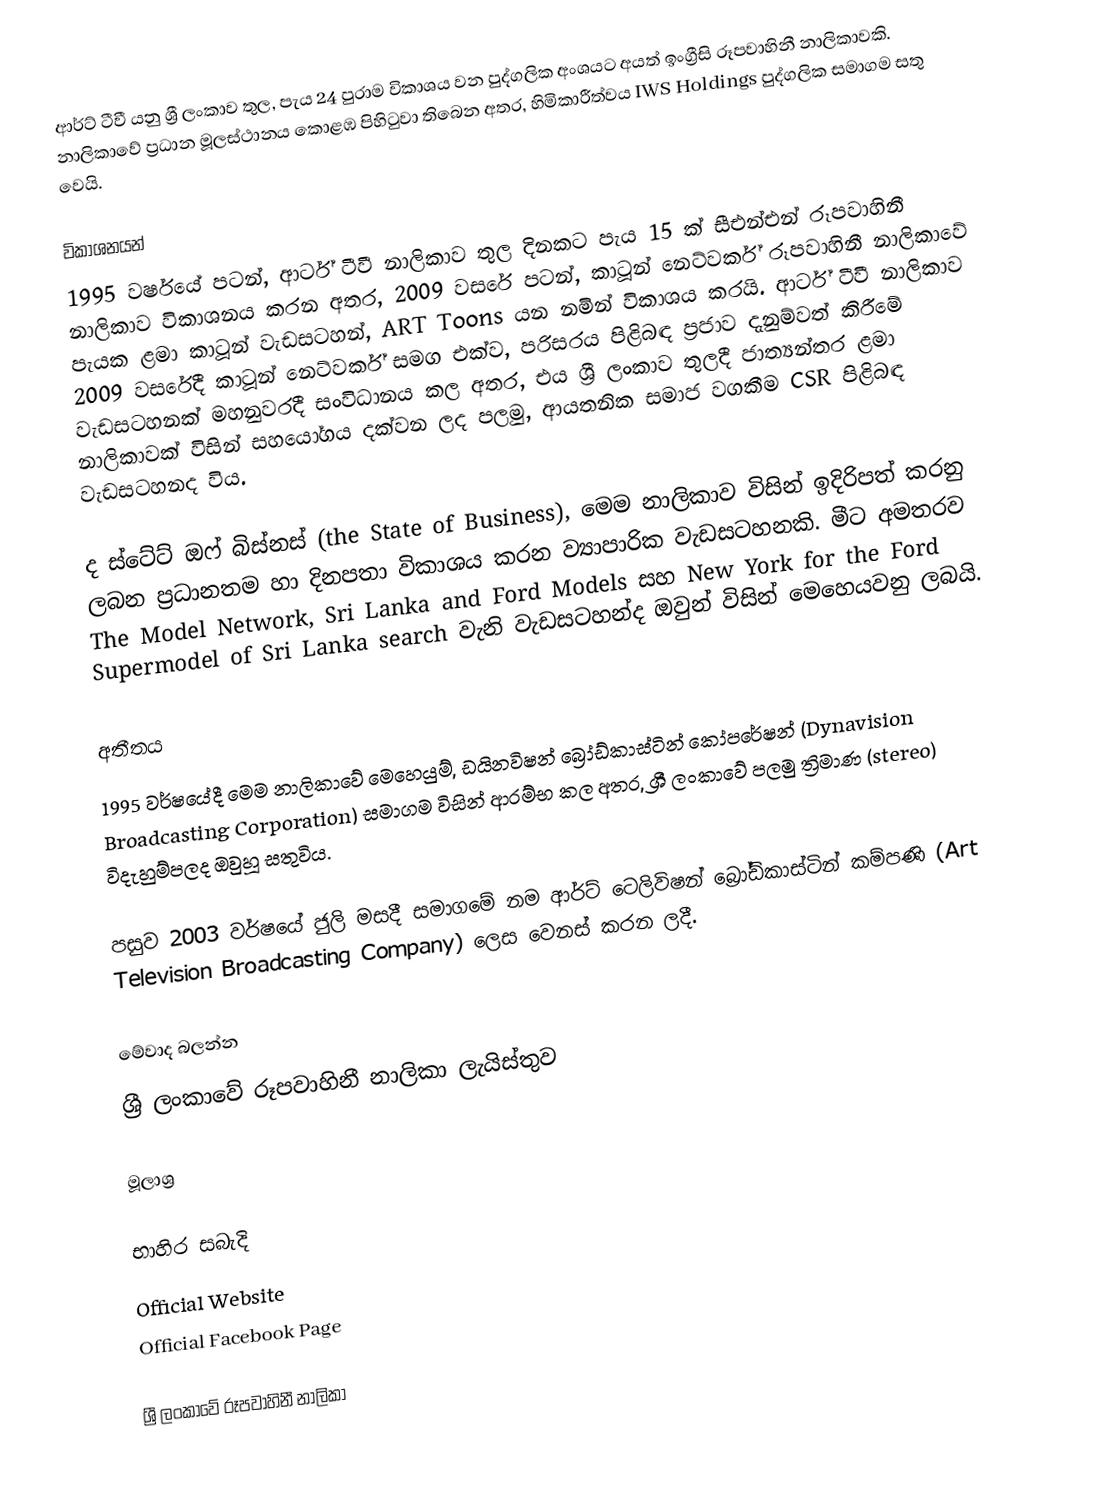
ආර්ට් ටීවී යනු ශ්‍රී ලංකාව තුල, පැය 24 පුරාම විකාශය වන පුද්ගලික අංශයට අයත් ඉංග්‍රීසි රූපවාහිනී නාලිකාවකි. නාලිකාවේ ප්‍රධාන මූලස්ථානය කොළඹ පිහිටුවා තිබෙන අතර, හිමිකාරීත්වය IWS Holdings පුද්ගලික සමාගම සතු වෙයි.

විකාශනයන්
1995 වර්ෂයේ පටන්, ආර්ට් ටීවී නාලිකාව තුල දිනකට පැය 15 ක් සීඑන්එන් රූපවාහිනී නාලිකාව විකාශනය කරන අතර, 2009 වසරේ පටන්, කාටූන් නෙට්වර්ක් රූපවාහිනී නාලිකාවේ පැයක ළමා කාටූන් වැඩසටහන්, ART Toons යන නමින් විකාශය කරයි. ආර්ට් ටීවී නාලිකාව 2009 වසරේදී කාටූන් නෙට්වර්ක් සමග එක්ව, පරිසරය පිළිබඳ ප්‍රජාව දැනුම්වත් කිරීමේ වැඩසටහනක් මහනුවරදී සංවිධානය කල අතර, එය ශ්‍රී ලංකාව තුලදී ජාත්‍යන්තර ළමා නාලිකාවක් විසින් සහයෝගය දක්වන ලද පලමු, ආයතනික සමාජ වගකීම CSR පිළිබඳ වැඩසටහනද විය.

ද ස්ටේට් ඔෆ් බිස්නස් (the State of Business), මෙම නාලිකාව විසින් ඉදිරිපත් කරනු ලබන ප්‍රධානතම හා දිනපතා විකාශය කරන ව්‍යාපාරික වැඩසටහනකි.  මීට අමතරව The Model Network, Sri Lanka and Ford Models සහ New York for the Ford Supermodel of Sri Lanka search වැනි වැඩසටහන්ද ඔවුන් විසින් මෙහෙයවනු ලබයි.

අතීතය
1995 වර්ෂයේදී මෙම නාලිකාවේ මෙහෙයුම්, ඩයිනවිෂන් බ්‍රෝඩ්කාස්ටින් කෝපරේෂන් (Dynavision Broadcasting Corporation) සමාගම විසින් ආරම්භ කල අතර, ශ්‍රී ලංකාවේ පලමු ත්‍රිමාණ (stereo) විදැහුම්පලද ඔවුහූ සතුවිය.

පසුව 2003 වර්ෂයේ ජුලි මසදී සමාගමේ නම ආර්ට් ටෙලිවිෂන් බ්‍රෝඩ්කාස්ටින් කම්පණි (Art Television Broadcasting Company) ලෙස වෙනස් කරන ලදී.

මේවාද බලන්න
 ශ්‍රී ලංකාවේ රූපවාහිනී නාලිකා ලැයිස්තුව

මූලාශ්‍ර

භාහිර සබැදි
Official Website
Official Facebook Page

ශ්‍රී ලංකාවේ රූපවාහිනී නාලිකා